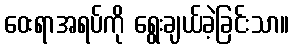
ဝေးရာအရပ်ကို ရွေးချယ်ခဲ့ခြင်းသာ။